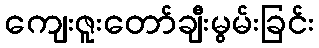
ကျေးဇူးတော်ချီးမွမ်းခြင်း